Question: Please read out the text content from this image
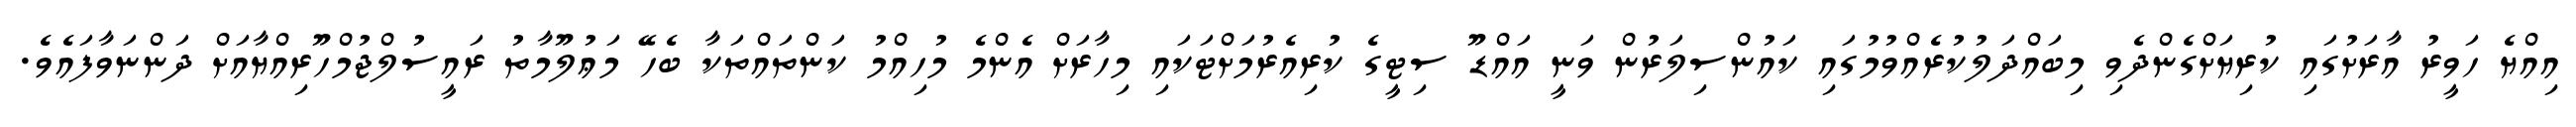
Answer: އިއްޔެ ހަވީރު އާރަށުގައި ކުރިޔަށްގެންދެވި މިބައްދަލުކުރެއްވުމުގައި ކައުންސިލަރުން ވަނީ އައްޑޫ ސިޓީގެ ކުރިއެރުމަށްޓަކައި މިހާރަށް އެންމެ މުހިއްމު ކަންތައްތަކާ ބެހޭ މަޢުލޫމާތު ރައީސުލްޖުމްހޫރިއްޔާއަށް ދަންނަވާފައެވެ.